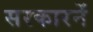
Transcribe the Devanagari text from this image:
सरकारनें